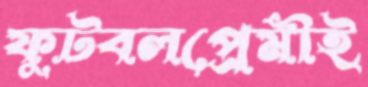
ফুটবলপ্রেমীই